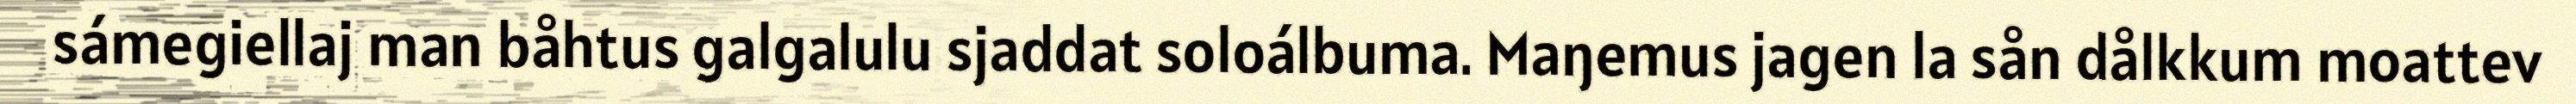
sámegiellaj man båhtus galgalulu sjaddat soloálbuma. Maŋemus jagen la sån dålkkum moattev